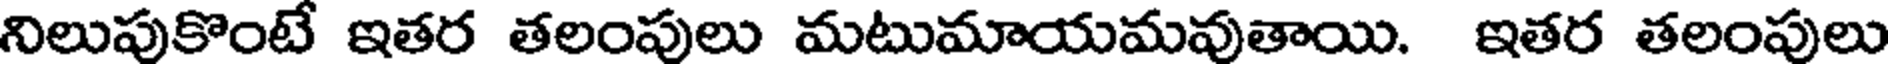
నిలుపుకొంటే ఇతర తలంపులు మటుమాయమవుతాయి. ఇతర తలంపులు